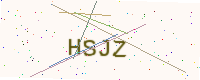
Text: HSJZ